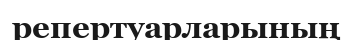
репертуарларының